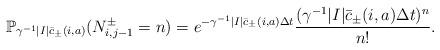
LaTeX: \begin{align*}\mathbb P_{\gamma^{-1}|I| \bar c_{\pm}(i,a)}(N_{i,j-1}^{\pm}=n)=e^{-\gamma^{-1}|I|\bar c_{\pm}(i,a)\Delta t}\frac{(\gamma^{-1}|I|\bar c_{\pm}(i,a)\Delta t)^n}{n!}.\end{align*}